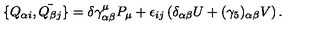
\{ Q _ { \alpha i } , \bar { Q _ { \beta j } } \} = \delta \gamma _ { \alpha \beta } ^ { \mu } P _ { \mu } + \epsilon _ { i j } \left( \delta _ { \alpha \beta } U + ( \gamma _ { 5 } ) _ { \alpha \beta } V \right) .